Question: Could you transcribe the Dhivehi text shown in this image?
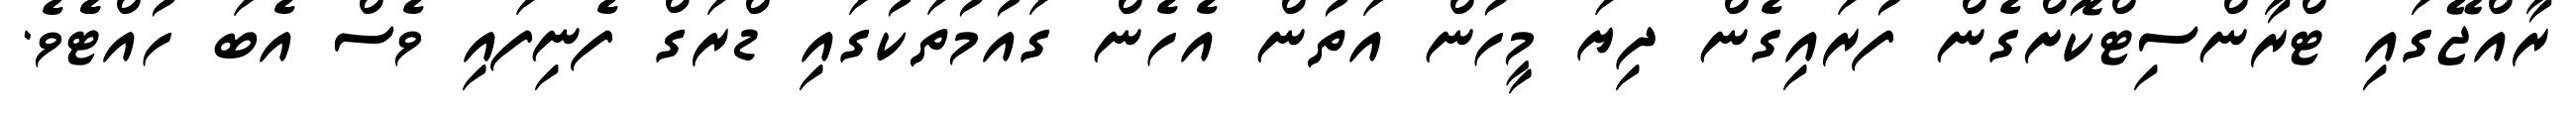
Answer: ރާއްޖޭގައި ޓްރާންސިޓްކޮށްގެން ފުރައިގެން ދިޔަ މީހުން އަތުން އެހެން ގައުމުތަކުގައި ޑްރަގް ފެނިފައި ވެސް އެބަ ހުއްޓެެވެ.